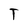
Character: T